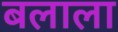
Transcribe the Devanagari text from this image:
बलाला